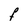
Character: F